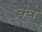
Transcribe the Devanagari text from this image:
क्व्